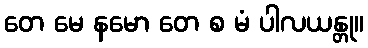
တေ မေ နမော တေ စ မံ ပါလယန္တု။